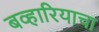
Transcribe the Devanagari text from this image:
बव्हारियाचा